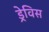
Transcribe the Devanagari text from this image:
ड्रेविस